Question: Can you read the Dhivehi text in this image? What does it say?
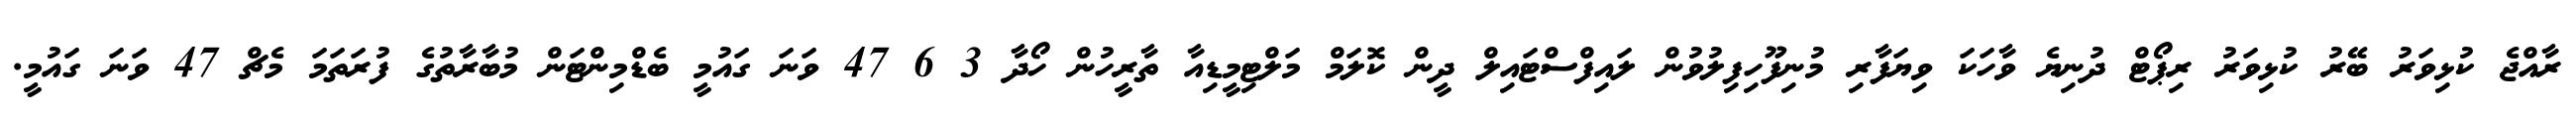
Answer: ރާއްޖެ ކުޅިވަރު ބޭރު ކުޅިވަރު ރިޕޯޓް ދުނިޔެ ވާހަކަ ވިޔަފާރި މުނިފޫހިފިލުވުން ލައިފްސްޓައިލް ދީން ކޮލަމް މަލްޓިމީޑިއާ ތާރީހުން ހޯދާ 3 6 47 ވަނަ ގައުމީ ބެޑްމިންޓަން މުބާރާތުގެ ފުރަތަމަ މެޗް 47 ވަނަ ގައުމީ.